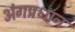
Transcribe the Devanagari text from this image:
अंगप्रधान